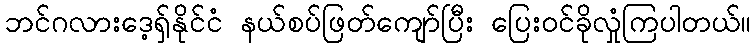
ဘင်ဂလားဒေ့ရှ်နိုင်ငံ နယ်စပ်ဖြတ်ကျော်ပြီး ပြေးဝင်ခိုလှုံကြပါတယ်။